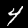
Digit: 4